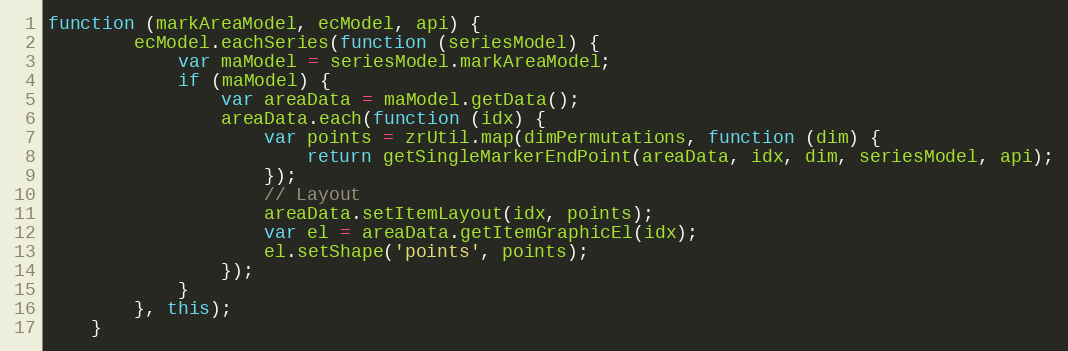
Language: JavaScript
function (markAreaModel, ecModel, api) {
        ecModel.eachSeries(function (seriesModel) {
            var maModel = seriesModel.markAreaModel;
            if (maModel) {
                var areaData = maModel.getData();
                areaData.each(function (idx) {
                    var points = zrUtil.map(dimPermutations, function (dim) {
                        return getSingleMarkerEndPoint(areaData, idx, dim, seriesModel, api);
                    });
                    // Layout
                    areaData.setItemLayout(idx, points);
                    var el = areaData.getItemGraphicEl(idx);
                    el.setShape('points', points);
                });
            }
        }, this);
    }